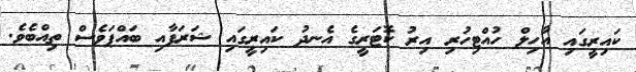
ކައިރީގައި އާހިލް ހުއްޓިހުރި އިރު ކޮޓަރީގެ އެނދު ކައިރީގައި ޝަރަފާއި ބައްޕަވެސް ތިއްބެވެ.